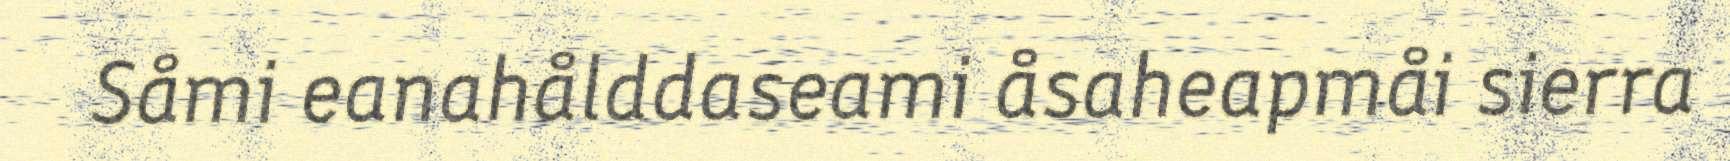
Såmi eanahålddaseami åsaheapmåi sierra